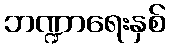
ဘဏ္ဍာရေးနှစ်